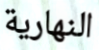
النهارية